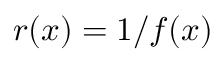
r ( x ) = 1 / f ( x )